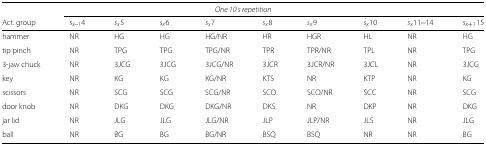
<table><thead><tr><td colspan="4"><b><i>One 10 s repetition</i></b></td><td colspan="6"></td></tr><tr><td><b>Act. group</b></td><td><b><i>s</i><sub><i>x</i> − 1</sub>4</b></td><td><b><i>s</i><sub><i>x</i></sub>5</b></td><td><b><i>s</i><sub><i>x</i></sub>6</b></td><td><b><i>s</i><sub><i>x</i></sub>7</b></td><td><b><i>s</i><sub><i>x</i></sub>8</b></td><td><b><i>s</i><sub><i>x</i></sub>9</b></td><td><b><i>s</i><sub><i>x</i></sub>10</b></td><td><b><i>s</i><sub><i>x</i></sub>11 − 14</b></td><td><b><i>s</i><sub><i>x</i>+1</sub>15</b></td></tr></thead><tbody><tr><td>hammer</td><td>NR</td><td>HG</td><td>HG</td><td>HG/NR</td><td>HR</td><td>HGR</td><td>HL</td><td>NR</td><td>HG</td></tr><tr><td>tip pinch</td><td>NR</td><td>TPG</td><td>TPG</td><td>TPG/NR</td><td>TPR</td><td>TPR/NR</td><td>TPL</td><td>NR</td><td>TPG</td></tr><tr><td>3-jaw chuck</td><td>NR</td><td>3JCG</td><td>3JCG</td><td>3JCG/NR</td><td>3JCR</td><td>3JCR/NR</td><td>3JCL</td><td>NR</td><td>3JCG</td></tr><tr><td>key</td><td>NR</td><td>KG</td><td>KG</td><td>KG/NR</td><td>KTS</td><td>NR</td><td>KTP</td><td>NR</td><td>KG</td></tr><tr><td>scissors</td><td>NR</td><td>SCG</td><td>SCG</td><td>SCG/NR</td><td>SCO</td><td>SCO/NR</td><td>SCC</td><td>NR</td><td>SCG</td></tr><tr><td>door knob</td><td>NR</td><td>DKG</td><td>DKG</td><td>DKG/NR</td><td>DKS</td><td>NR</td><td>DKP</td><td>NR</td><td>DKG</td></tr><tr><td>jar lid</td><td>NR</td><td>JLG</td><td>JLG</td><td>JLG/NR</td><td>JLP</td><td>JLP/NR</td><td>JLS</td><td>NR</td><td>JLG</td></tr><tr><td>ball</td><td>NR</td><td>BG</td><td>BG</td><td>BG/NR</td><td>BSQ</td><td>BSQ</td><td>NR</td><td>NR</td><td>BG</td></tr></tbody></table>